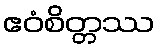
ဧဝံစိတ္တဿ